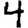
Digit: 4